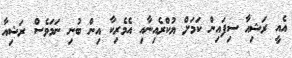
އެއީ ރަޝިއާ ސިފައިން ކަމަށް ޔުކްރެއިނާއި އެމެރިކާ އިން ބުނި ނަމަވެސް ރަޝިއާ